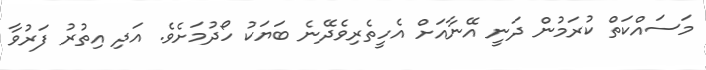
މަސައްކަތް ކުރަމުން ދަނީ އޭނާއަށް އެހީތެރިވެދޭނެ ބަޔަކު ހޯދުމަށެވެ. އަދި އިތުރު ފަރުވާ